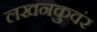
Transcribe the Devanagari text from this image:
लखनकुवंर